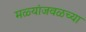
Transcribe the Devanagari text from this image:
मळ्यांजवळच्या